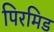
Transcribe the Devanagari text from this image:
पिरमिड